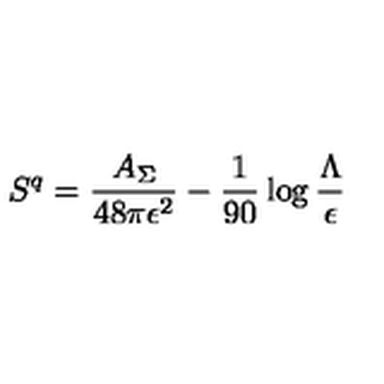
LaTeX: S ^ { q } = { \frac { A _ { \Sigma } } { 4 8 \pi \epsilon ^ { 2 } } } - { \frac { 1 } { 9 0 } } \log { \frac { \Lambda } { \epsilon } }